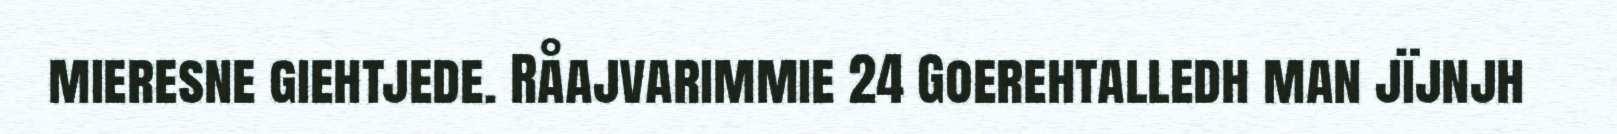
mieresne giehtjede. Råajvarimmie 24 Goerehtalledh man jïjnjh